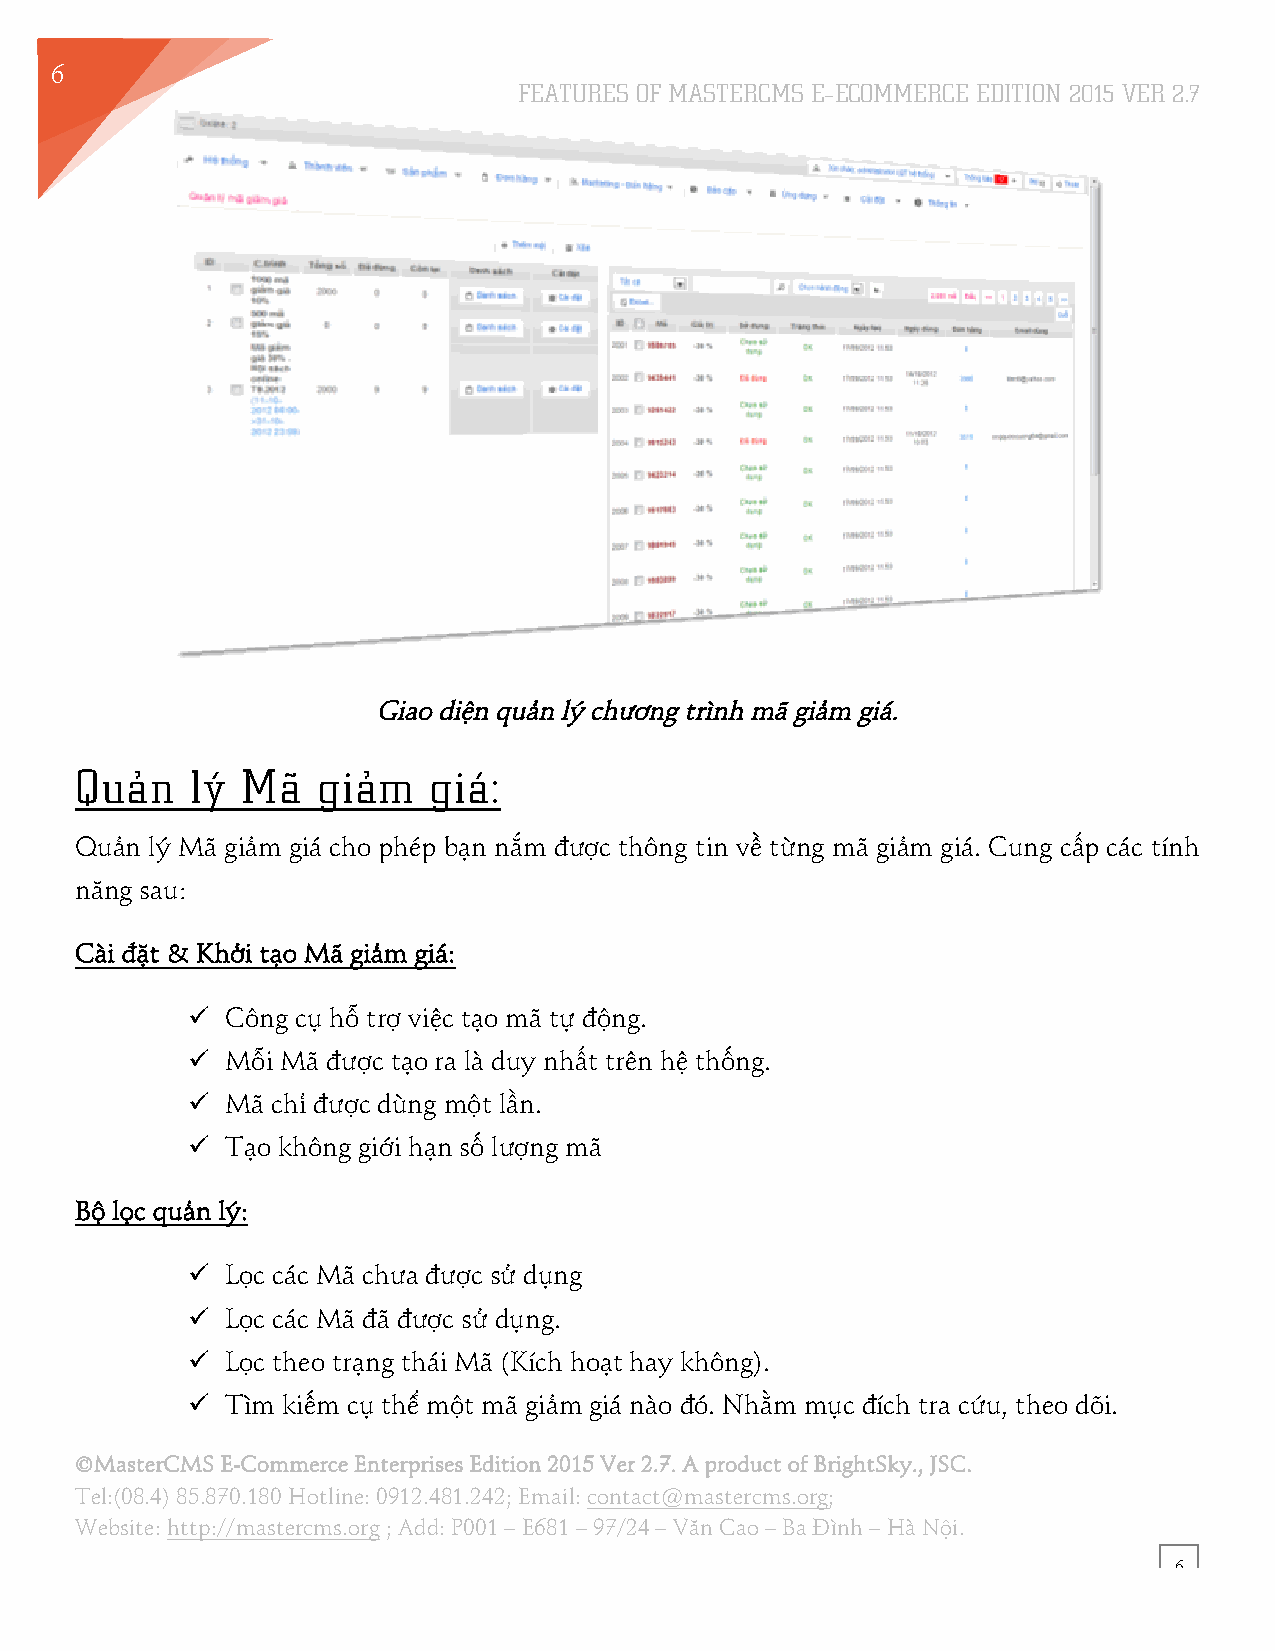
6
 FEATURES OF MASTERCMS E–ECOMMERCE EDITION 2015 VER 2.7
 1
 Giao diện quản lý chương trình mã giảm giá.
 Quản    lý Mã   giảm   giá:
 Quản lý Mã giảm giá cho phép bạn nắm được thông tin về từng mã giảm giá. Cung cấp các tính
 năng sau:
 Cài đặt & Khởi tạo Mã giảm giá:
 !! Công cụ hỗ trợ việc tạo mã tự động.
 !! Mỗi Mã được tạo ra là duy nhất trên hệ thống.
 !! Mã chỉ được dùng một lần.
 !! Tạo không giới hạn số lượng mã
 Bộ lọc quản lý:
 !! Lọc các Mã chưa được sử dụng
 !! Lọc các Mã đã được sử dụng.
 !! Lọc theo trạng thái Mã (Kích hoạt hay không).
 !! Tìm kiếm cụ thể một mã giảm giá nào đó. Nhằm mục đích tra cứu, theo dõi.
 ©MasterCMS E-Commerce Enterprises Edition 2015 Ver 2.7. A product of BrightSky., JSC.
 Tel:(08.4) 85.870.180 Hotline: 0912.481.242; Email: contact@mastercms.org;
 Website: http://mastercms.org ; Add: P001 – E681 – 97/24 – Văn Cao – Ba Đình – Hà Nội.
 6